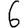
Digit: 6